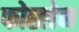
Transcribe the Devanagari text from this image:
फोह्लेन